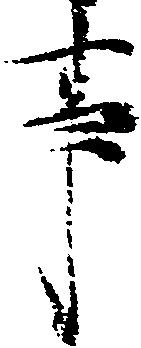
事